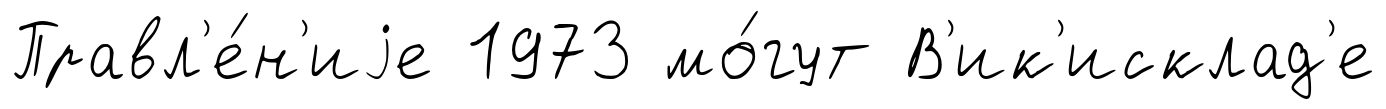
Правл'е́н'иjе 1973 мо́гут В'ик'исклад'е